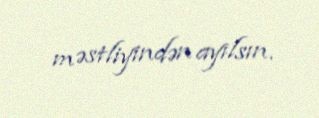
məstliyindən ayılsın.